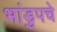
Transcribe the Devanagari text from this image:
भांडुपचे